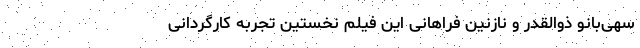
سهی‌بانو ذوالقدر و نازنین فراهانی این فیلم نخستین تجربه کارگردانی